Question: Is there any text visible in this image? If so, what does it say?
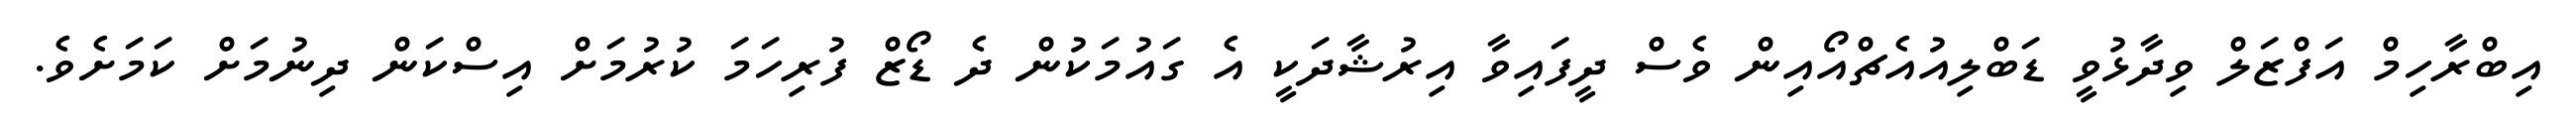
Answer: އިބްރާހިމް އަފްޒަލް ވިދާޅުވީ ޑަބްލިއުއެޗްއޯއިން ވެސް ދީފައިވާ އިރުޝާދަކީ އެ ގައުމަކުން ދެ ޑޯޒް ފުރިހަމަ ކުރުމަށް އިސްކަން ދިނުމަށް ކަމަށެވެ.